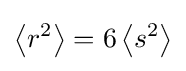
\left\langle r^{2}\right\rangle =6\left\langle s^{2}\right\rangle